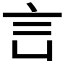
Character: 𧥜